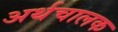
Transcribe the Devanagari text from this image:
अर्थचालक